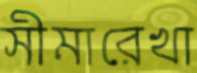
সীমারেখা